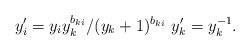
\begin{align*} y_i' = y_iy_k^{b_{ki}}/(y_k+1)^{b_{ki}}\ y_k' = y_k^{-1}.\end{align*}